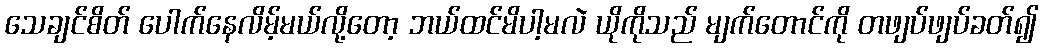
သေချင်စိတ် ပေါက်နေလိမ့်မယ်လို့တော့ ဘယ်ထင်မိပါ့မလဲ ယိုကိုသည် မျက်တောင်ကို တဖျပ်ဖျပ်ခတ်၍